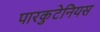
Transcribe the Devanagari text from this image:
पारकुटेनियस